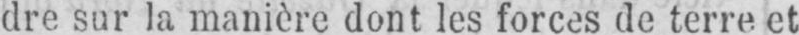
dre sur la manière dont les forces de terre et